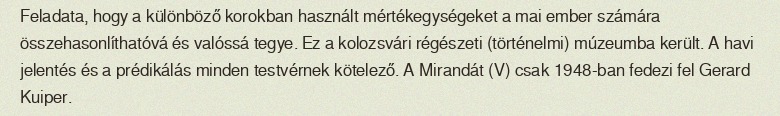
Feladata, hogy a különböző korokban használt mértékegységeket a mai ember számára összehasonlíthatóvá és valóssá tegye. Ez a kolozsvári régészeti (történelmi) múzeumba került. A havi jelentés és a prédikálás minden testvérnek kötelező. A Mirandát (V) csak 1948-ban fedezi fel Gerard Kuiper.